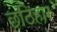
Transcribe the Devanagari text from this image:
छठिहार